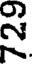
సి